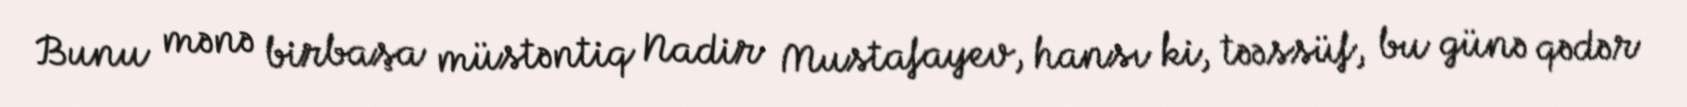
Bunu mənə birbaşa müstəntiq Nadir Mustafayev, hansı ki, təəssüf, bu günə qədər